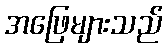
အဖြေများသည်